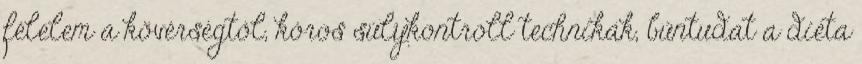
félelem a kövérségtől, kóros súlykontroll technikák, bűntudat a diéta